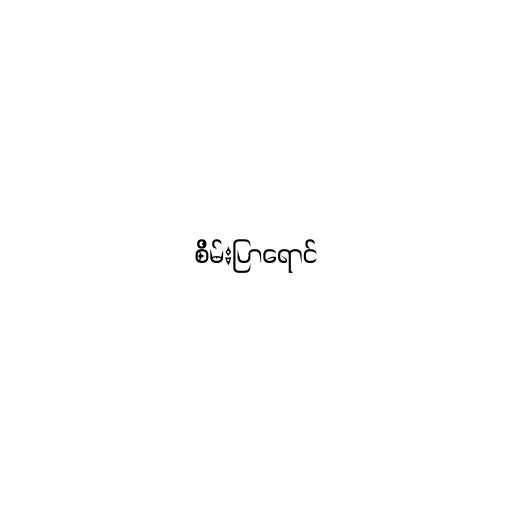
စိမ်းပြာရောင်